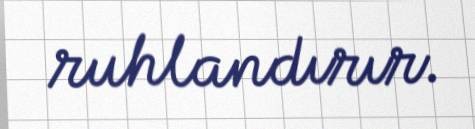
ruhlandırır.